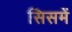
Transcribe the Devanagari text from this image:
सिसमें